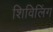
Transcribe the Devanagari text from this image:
शिविलिंग